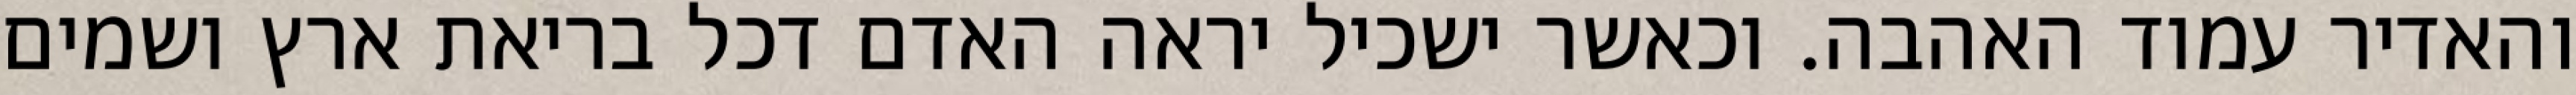
והאדיר עמוד האהבה. וכאשר ישכיל יראה האדם דכל בריאת ארץ ושמים